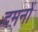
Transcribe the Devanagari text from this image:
दमनों